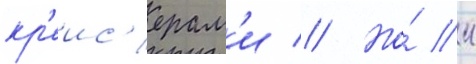
кр'еис'ерам'и // Но́ к